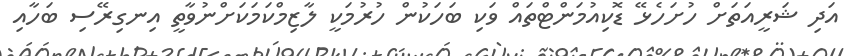
އަދި ޝަރީއަތަށް ހުށަހެޅޭ ޑޮކިއުމަންޓްތައް ވަކި ބަހަކުން ހުރުމަކީ ލާޒިމްކަމަކަށްނުވާތީ އިނގިރޭސި ބަހާއި